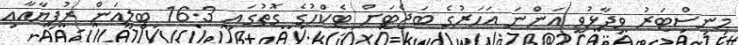
މިނިސްޓަރު ވިދާޅުވީ އަންނަ އަހަރުގެ ބަޖެޓަށް ޓެކްހުގެ ގޮތުގައި 16.3 ބިލިއަން ރުފިޔާއާއި